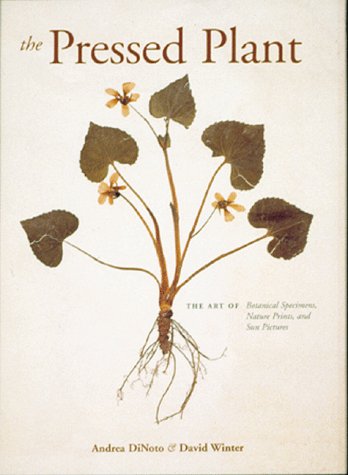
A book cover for The Pressed Plant; Andrea DiNoto; Crafts, Hobbies & Home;